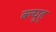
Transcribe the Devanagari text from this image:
ब्ल्युह्